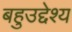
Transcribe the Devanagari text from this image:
बहुउद्देश्य